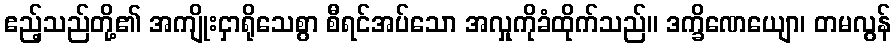
ဧည့်သည်တို့၏ အကျိုးငှာရိုသေစွာ စီရင်အပ်သော အလှုကိုခံထိုက်သည်။ ဒက္ခိဏေယျော၊ တမလွန်